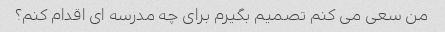
من سعی می کنم تصمیم بگیرم برای چه مدرسه ای اقدام کنم؟